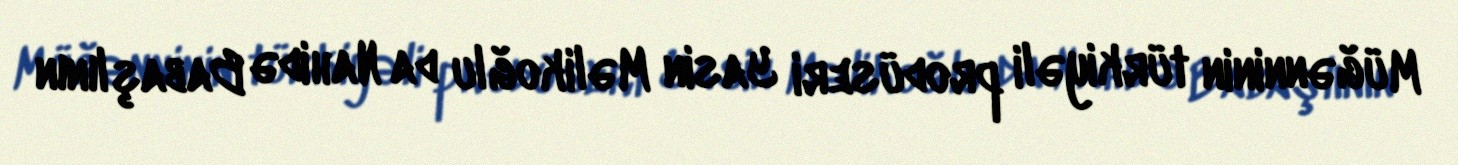
Müğənninin türkiyəli prodüseri Yasin Məlikoğlu da Nahidə Babaşlının